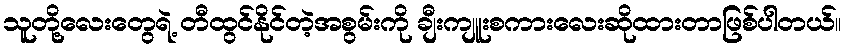
သူတို့လေးတွေရဲ့ တီထွင်နိုင်တဲ့အစွမ်းကို ချီးကျူးစကားလေးဆိုထားတာဖြစ်ပါတယ်။